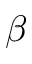
\beta